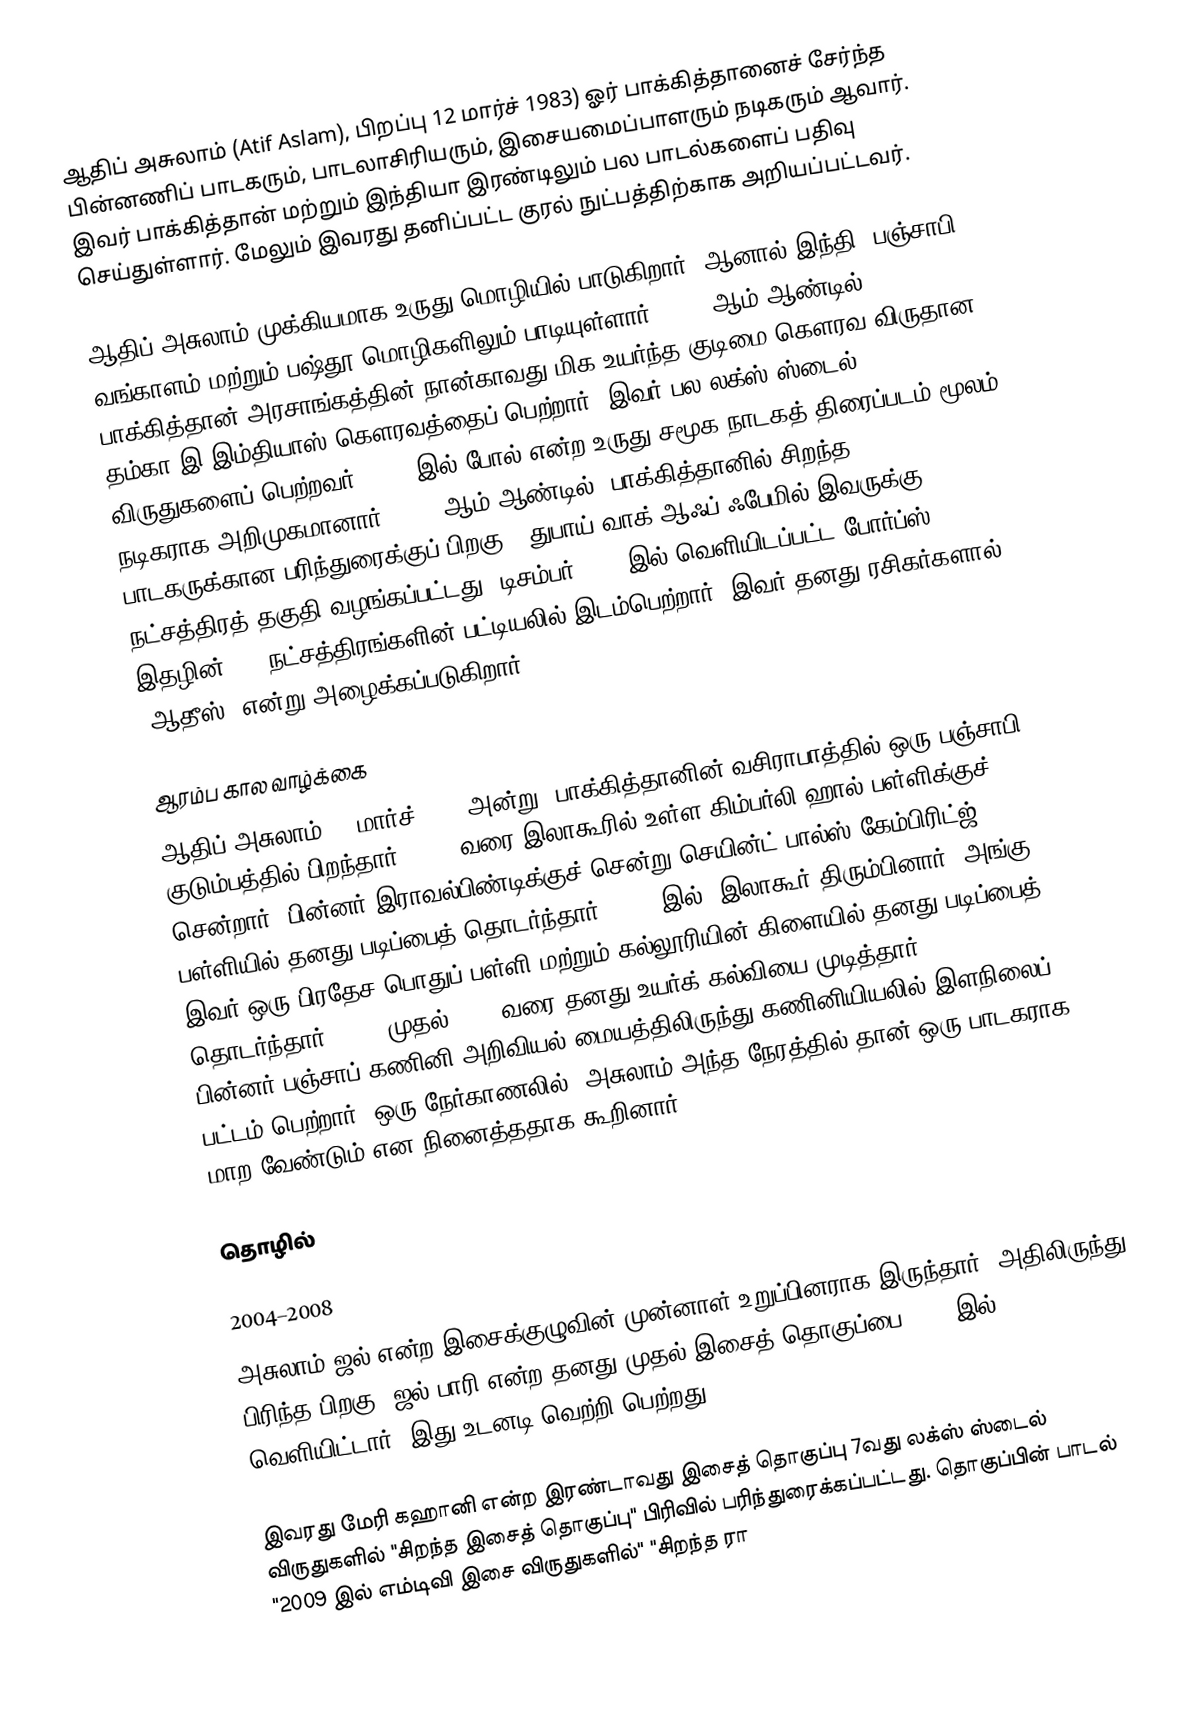
ஆதிப் அசுலாம் (Atif Aslam), பிறப்பு 12 மார்ச் 1983) ஓர் பாக்கித்தானைச் சேர்ந்த பின்னணிப் பாடகரும், பாடலாசிரியரும், இசையமைப்பாளரும் நடிகரும் ஆவார். இவர் பாக்கித்தான் மற்றும் இந்தியா இரண்டிலும் பல பாடல்களைப் பதிவு செய்துள்ளார். மேலும் இவரது தனிப்பட்ட குரல் நுட்பத்திற்காக அறியப்பட்டவர்.

ஆதிப் அசுலாம் முக்கியமாக உருது மொழியில் பாடுகிறார். ஆனால் இந்தி, பஞ்சாபி, வங்காளம் மற்றும் பஷ்தூ மொழிகளிலும் பாடியுள்ளார்.  2008 ஆம் ஆண்டில், பாக்கித்தான் அரசாங்கத்தின் நான்காவது மிக உயர்ந்த குடிமை கௌரவ விருதான தம்கா-இ-இம்தியாஸ் கௌரவத்தைப் பெற்றார். இவர் பல லக்ஸ் ஸ்டைல் விருதுகளைப் பெற்றவர்.   2011 இல் போல் என்ற உருது சமூக நாடகத் திரைப்படம் மூலம் நடிகராக அறிமுகமானார். 2019 ஆம் ஆண்டில், பாக்கித்தானில் சிறந்த பாடகருக்கான பரிந்துரைக்குப் பிறகு , துபாய் வாக் ஆஃப் ஃபேமில் இவருக்கு நட்சத்திரத் தகுதி வழங்கப்பட்டது.    டிசம்பர் 2020 இல் வெளியிடப்பட்ட போர்ப்ஸ் இதழின் 100  நட்சத்திரங்களின் பட்டியலில் இடம்பெற்றார்.   இவர் தனது ரசிகர்களால் "ஆதீஸ்" என்று அழைக்கப்படுகிறார்.

ஆரம்ப கால வாழ்க்கை
ஆதிப் அசுலாம் 12 மார்ச் 1983 அன்று,    பாக்கித்தானின் வசிராபாத்தில் ஒரு பஞ்சாபி குடும்பத்தில் பிறந்தார். 1991 வரை இலாகூரில் உள்ள கிம்பர்லி ஹால் பள்ளிக்குச் சென்றார். பின்னர் இராவல்பிண்டிக்குச் சென்று செயின்ட் பால்ஸ் கேம்பிரிட்ஜ் பள்ளியில் தனது படிப்பைத் தொடர்ந்தார். 1995 இல், இலாகூர் திரும்பினார். அங்கு இவர் ஒரு பிரதேச பொதுப் பள்ளி மற்றும் கல்லூரியின் கிளையில் தனது படிப்பைத் தொடர்ந்தார். 1999 முதல் 2001 வரை தனது உயர்க் கல்வியை முடித்தார். பின்னர்,பஞ்சாப் கணினி அறிவியல் மையத்திலிருந்து கணினியியலில் இளநிலைப் பட்டம் பெற்றார்.   ஒரு நேர்காணலில், அசுலாம் அந்த நேரத்தில் தான் ஒரு பாடகராக மாற வேண்டும் என நினைத்ததாக கூறினார்.

தொழில்

2004–2008
அசுலாம் ஜல் என்ற இசைக்குழுவின் முன்னாள் உறுப்பினராக இருந்தார். அதிலிருந்து பிரிந்த பிறகு, ஜல் பாரி என்ற தனது முதல் இசைத் தொகுப்பை 2004 இல் வெளியிட்டார். இது உடனடி வெற்றி பெற்றது.

இவரது மேரி கஹானி என்ற இரண்டாவது இசைத் தொகுப்பு  7வது லக்ஸ் ஸ்டைல் விருதுகளில் "சிறந்த இசைத் தொகுப்பு" பிரிவில் பரிந்துரைக்கப்பட்டது. தொகுப்பின் பாடல் "2009 இல் எம்டிவி இசை விருதுகளில்" "சிறந்த ரா